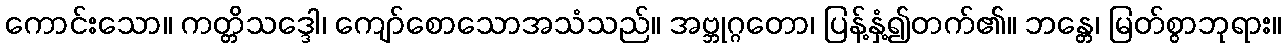
ကောင်းသော။ ကတ္တိသဒ္ဒေါ၊ ကျော်စောသောအသံသည်။ အဗ္ဘုဂ္ဂတော၊ ပြန့်နှံ့၍တက်၏။ ဘန္တေ၊ မြတ်စွာဘုရား။